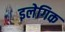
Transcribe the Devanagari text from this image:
इलेगिक